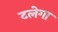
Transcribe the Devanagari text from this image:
टलेगा